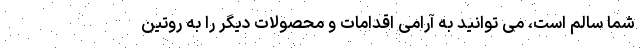
شما سالم است، می توانید به آرامی اقدامات و محصولات دیگر را به روتین